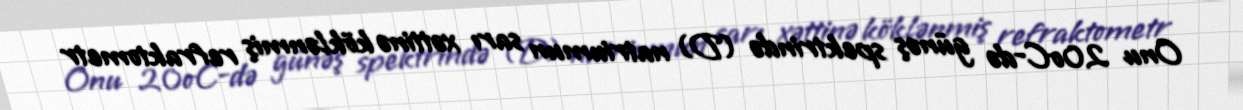
Onu 20oC-də günəş spektrində (D) natriumun sarı xəttinə köklənmiş refraktometr